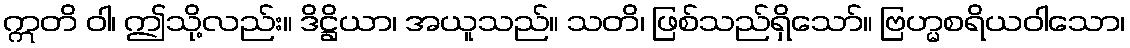
ဣတိ ဝါ၊ ဤသို့လည်း။ ဒိဋ္ဌိယာ၊ အယူသည်။ သတိ၊ ဖြစ်သည်ရှိသော်။ ဗြဟ္မစရိယဝါသော၊